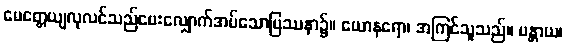
မေတ္တေယျလုလင်သည်မေးလျှောက်အပ်သောပြဿနာ၌။ ယောနရော၊ အကြင်သူသည်။ မန္တာယ၊